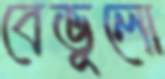
বেভুলো